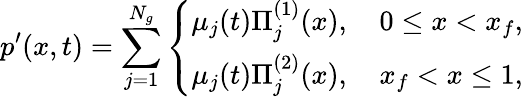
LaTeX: p^{\prime}(x,t)=\sum_{j=1}^{N_{g}}\left\{ \begin{array}{ll}{\mu_{j}(t)\Pi_{j}^{(1)}(x),\quad 0\leq x<x_{f},}\\ {\mu_{j}(t)\Pi_{j}^{(2)}(x),\quad x_{f}<x\leq 1,}\end{array}\right.